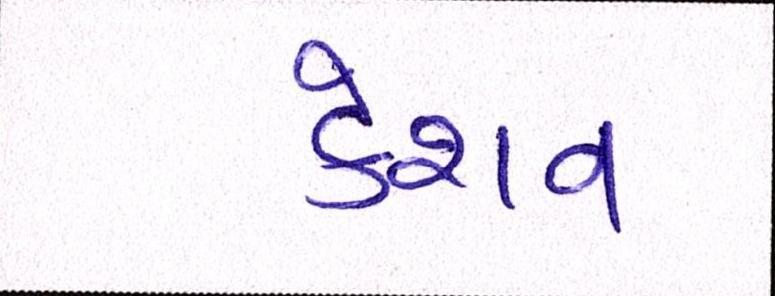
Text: કેશવ